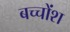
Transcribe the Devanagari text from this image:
बच्चोंश